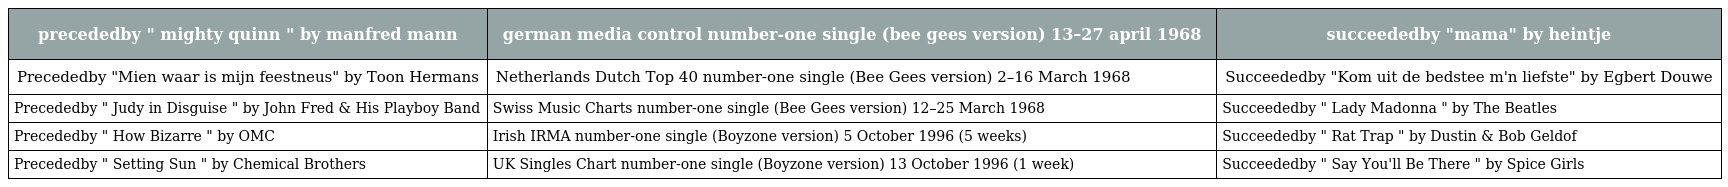
| precededby " mighty quinn " by manfred mann | german media control number-one single (bee gees version) 13–27 april 1968 | succeededby "mama" by heintje |
 | --- | --- | --- |
 | Precededby "Mien waar is mijn feestneus" by Toon Hermans | Netherlands Dutch Top 40 number-one single (Bee Gees version) 2–16 March 1968 | Succeededby "Kom uit de bedstee m'n liefste" by Egbert Douwe |
 | Precededby " Judy in Disguise " by John Fred & His Playboy Band | Swiss Music Charts number-one single (Bee Gees version) 12–25 March 1968 | Succeededby " Lady Madonna " by The Beatles |
 | Precededby " How Bizarre " by OMC | Irish IRMA number-one single (Boyzone version) 5 October 1996 (5 weeks) | Succeededby " Rat Trap " by Dustin & Bob Geldof |
 | Precededby " Setting Sun " by Chemical Brothers | UK Singles Chart number-one single (Boyzone version) 13 October 1996 (1 week) | Succeededby " Say You'll Be There " by Spice Girls |